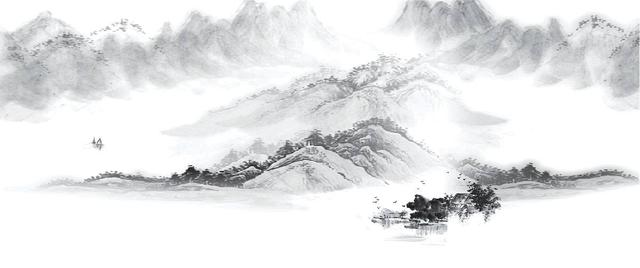
虚空落泉千仞直，雷奔入江不暂息。